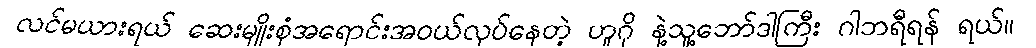
လင်မယားရယ် ဆေးမျိုးစုံအရောင်းအဝယ်လုပ်နေတဲ့ ဟူဂို နဲ့သူ့ဘော်ဒါကြီး ဂါဘရီရန် ရယ်။